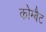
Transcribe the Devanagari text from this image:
कोम्बैट